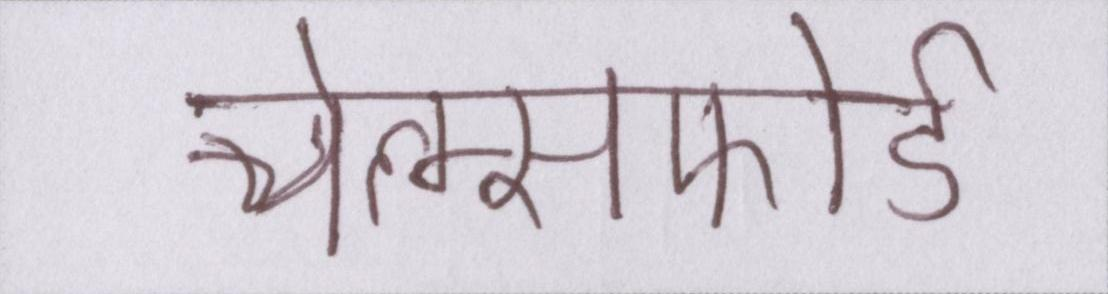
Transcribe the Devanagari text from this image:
चेल्म्सफोर्ड